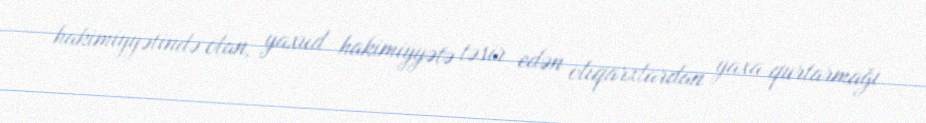
hakimiyyətində olan, yaxud hakimiyyətə təsir edən oliqarxlardan yaxa qurtarmağı